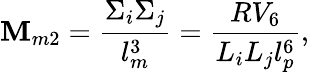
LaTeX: \mathbf{M}_{m2}={\frac{{\Sigma_{i}\Sigma_{j}}}{{l_{m}^{3}}}}={\frac{{RV_{6}}}{{L_{i}L_{j}l_{p}^{6}}}},